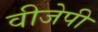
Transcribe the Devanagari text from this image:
वीजेपी